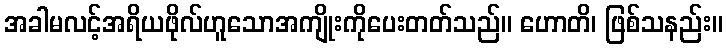
အခါမလင့်အရိယဖိုလ်ဟူသောအကျိုးကိုပေးတတ်သည်။ ဟောတိ၊ ဖြစ်သနည်း။